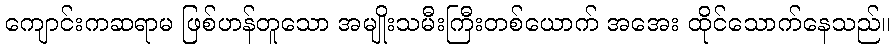
ကျောင်းကဆရာမ ဖြစ်ဟန်တူသော အမျိုးသမီးကြီးတစ်ယောက် အအေး ထိုင်သောက်နေသည်။